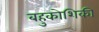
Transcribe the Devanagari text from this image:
बहुकोशिकी